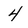
Character: 4